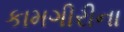
કામગીરીના